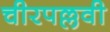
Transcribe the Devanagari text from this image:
चीरपल्लवी